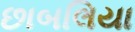
છાબલિયા